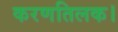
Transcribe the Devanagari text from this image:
करणतिलक।